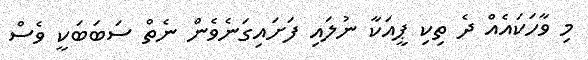
މި ވާހަކައެއް ދެ ތިކި ޕީއަކާ ނުލައި ފަށައިގަނެވެން ނެތް ސަބަބަކީ ވެސް